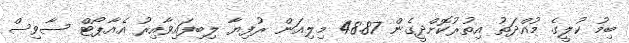
ބިމު ކުލީގެ މުއްދަތު އިތުރުކޮށްދީގެން 48.87 މިލިއަން ރުފިޔާ ލިބިފައިވާއިރު އެއާޕޯޓް ސާވިސް